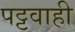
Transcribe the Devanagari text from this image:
पट्टवाही